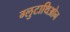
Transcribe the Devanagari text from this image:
ग्लुटाथिओन